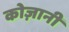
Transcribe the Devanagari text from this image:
कोज़ानी